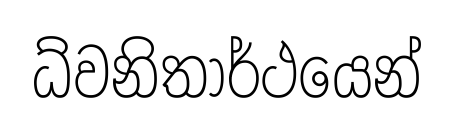
ධ්වනිතාර්ථයෙන්